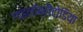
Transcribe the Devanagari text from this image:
गाइलॉब्लैटोडिया